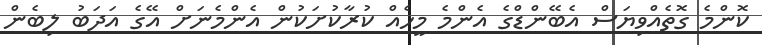
ކޮންމެ ގޮތެއްވިޔަސް އެބޭންޑްގެ އެންމެ މީހެއް ކުރާކުށަކުން އެންމެނަށް އޭގެ އަދަބު ލިބެން